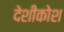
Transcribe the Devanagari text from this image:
देशीकोश